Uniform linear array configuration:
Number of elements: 16
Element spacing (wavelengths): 0.25
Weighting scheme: binomial
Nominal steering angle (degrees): -15
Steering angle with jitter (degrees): -13.86
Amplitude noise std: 0.05
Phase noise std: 0.05

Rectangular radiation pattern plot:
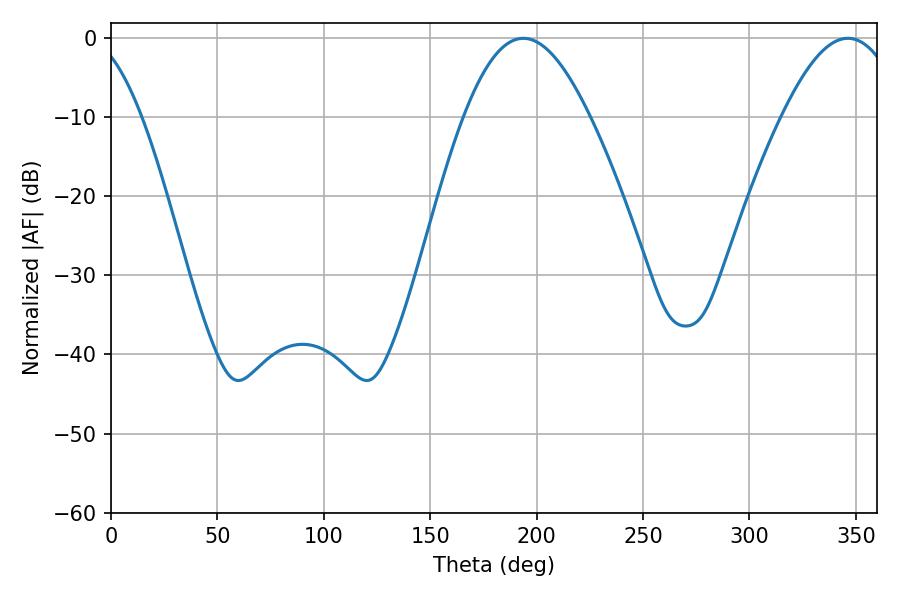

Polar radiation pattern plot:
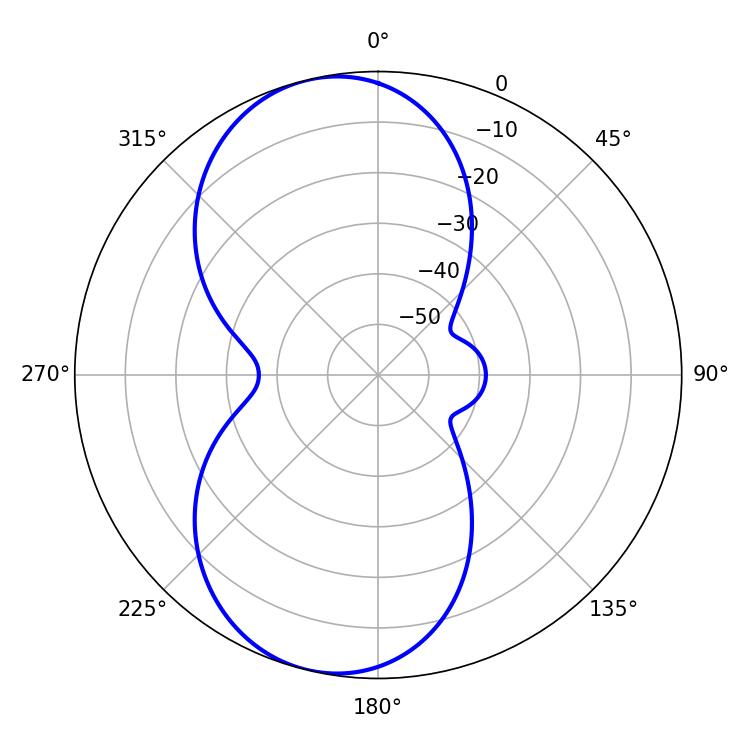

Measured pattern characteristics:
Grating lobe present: FALSE
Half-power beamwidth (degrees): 32.04
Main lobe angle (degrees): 193.68